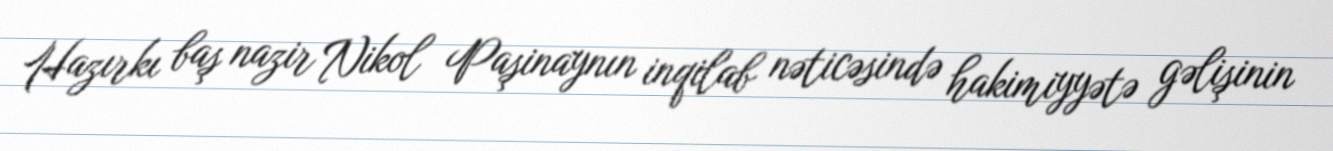
Hazırkı baş nazir Nikol Paşinaynın inqilab nəticəsində hakimiyyətə gəlişinin